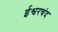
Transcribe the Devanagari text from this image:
ईश्वरचंद